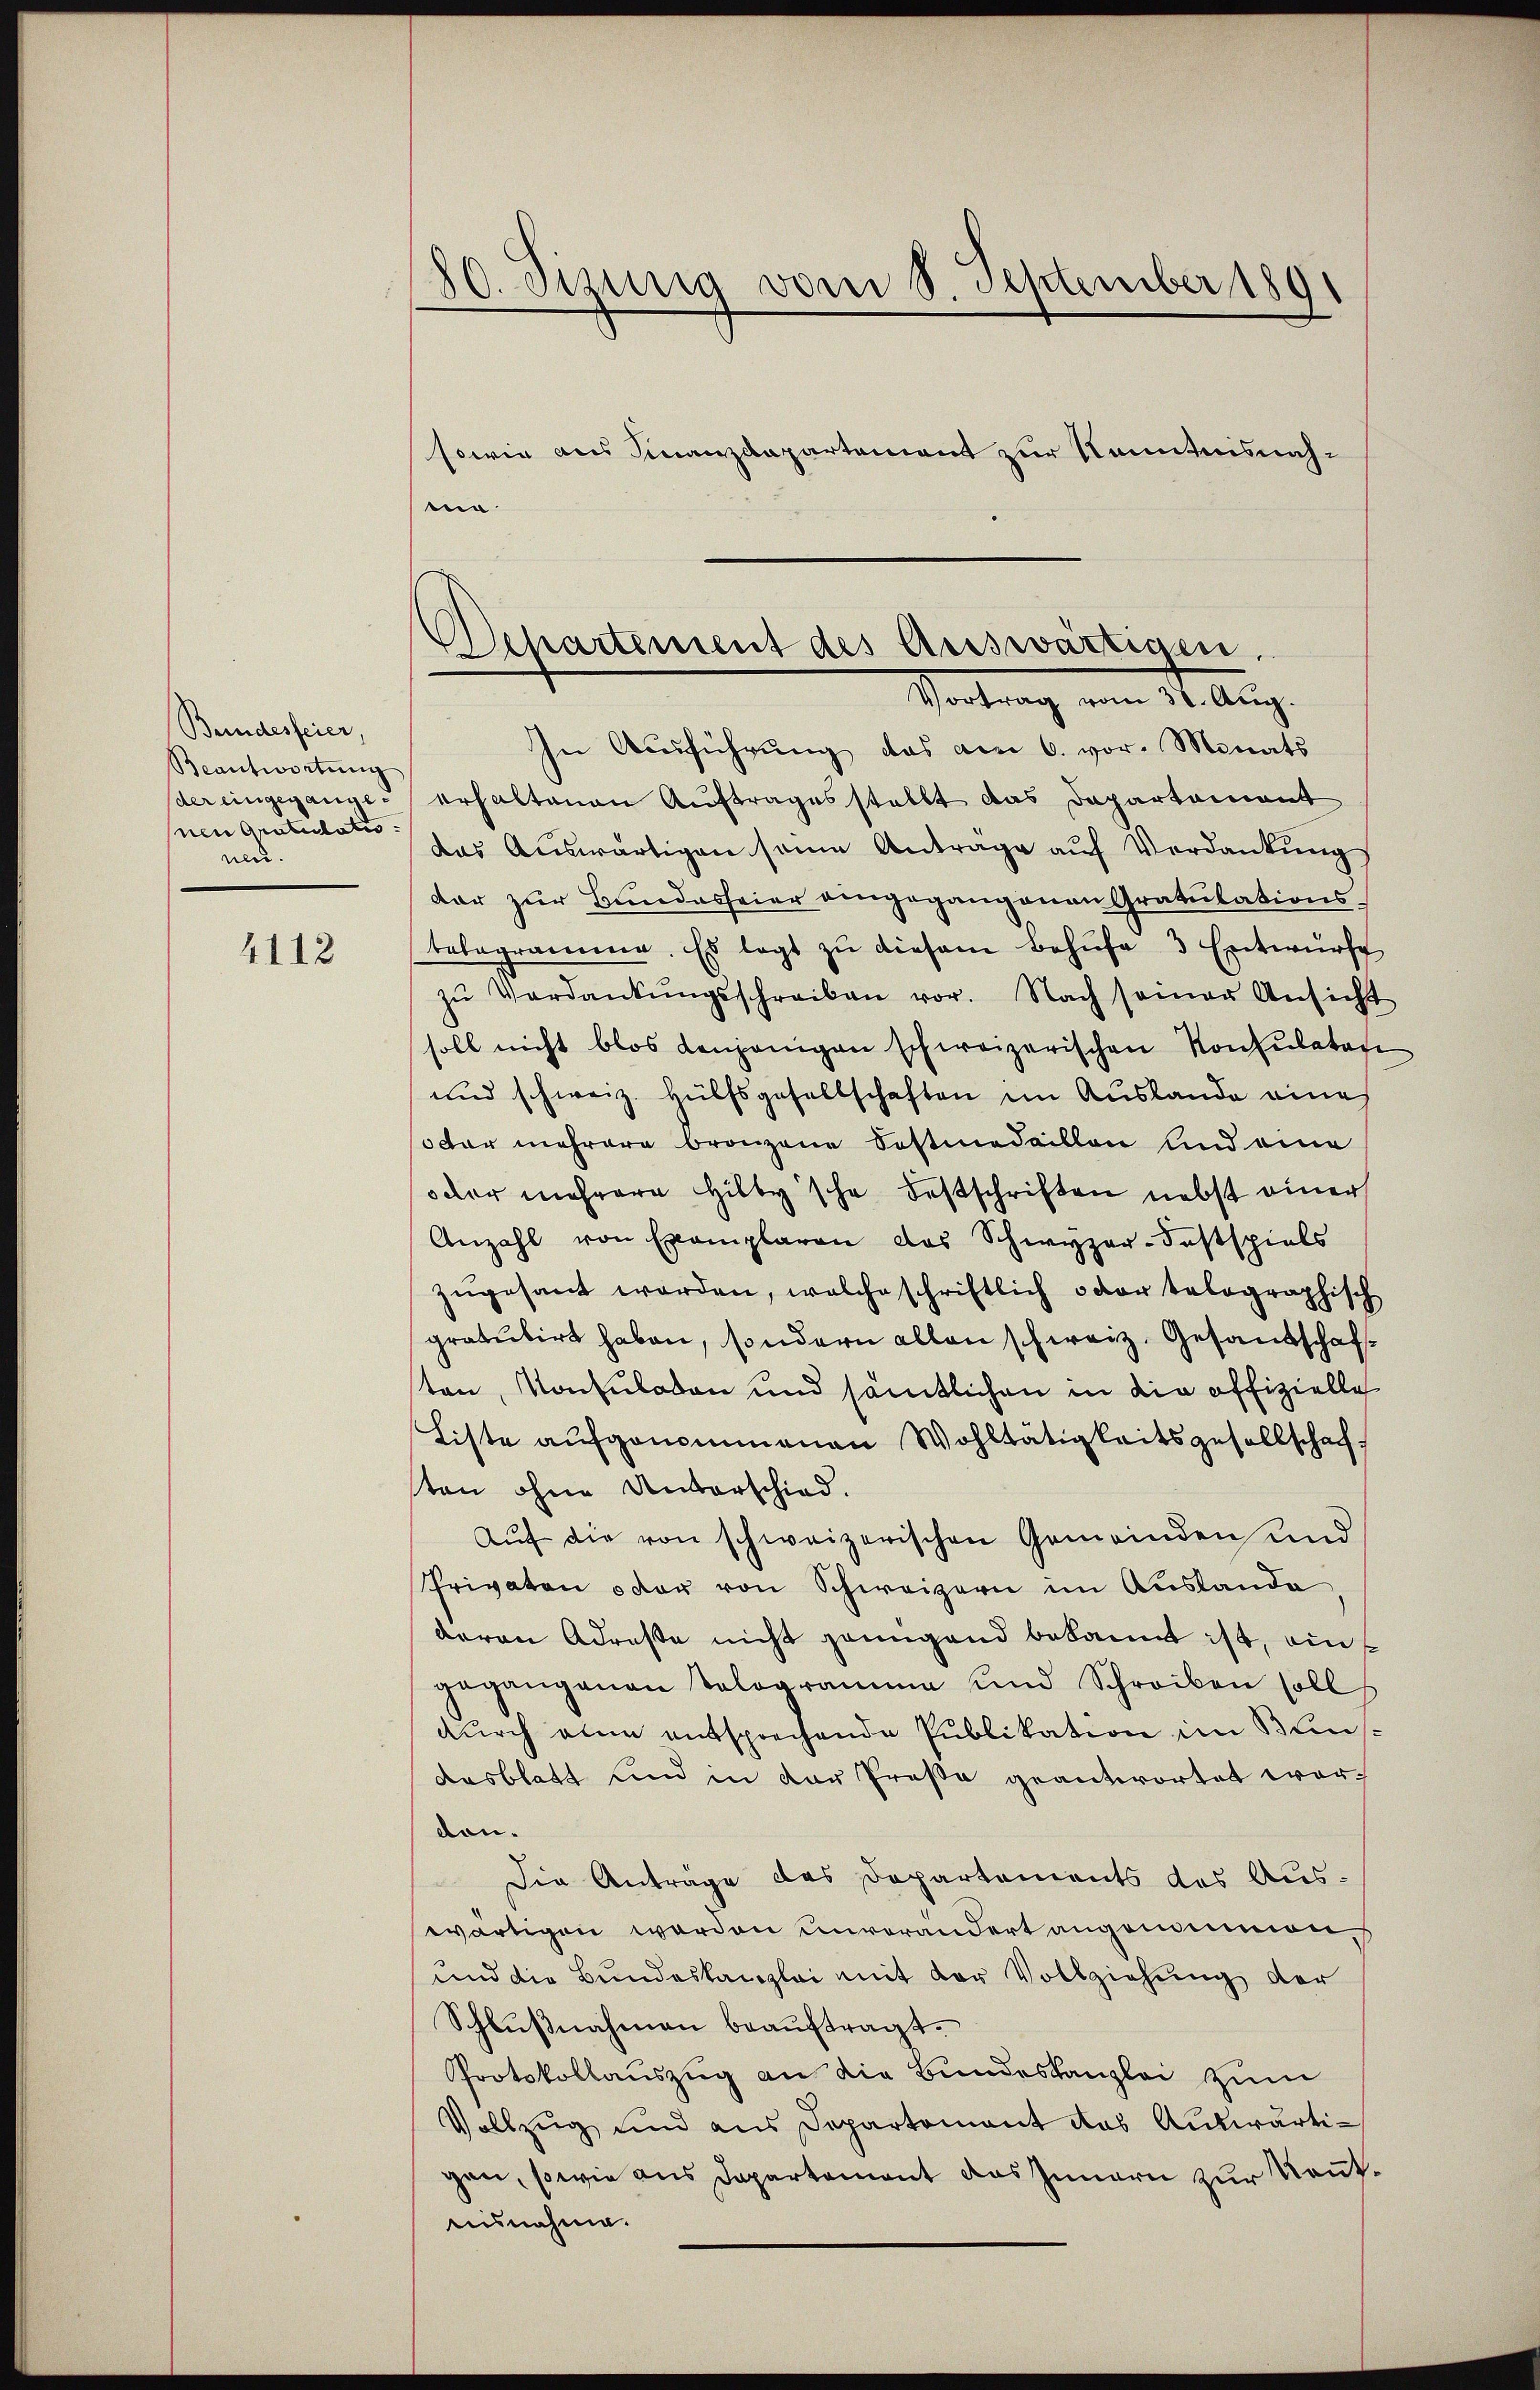
Bundesfeier,
Beantwortŭng
der eingegange.
nen Gratulatio
nen.

4112

80. Sizinig vom 8. September 1891

sowie aus Finanzdepartement zur Kenntnisnahn

Departement des Auswärtigen,
Vortrag vom 1. Aug.

In Ausführung das am 6. vor. Monats
erhaltenen Auftrages stellt das Departament
das Auswärtigen seine Antrage auf Verdankung
dar zur Bundesfeier eingegangenen Gratulationstelegramme. Es legt zŭ diesem Behufe 3 Entwurfe
zŭ Verdankŭngsschreiben vor. Nach seiner Ansicht
soll nicht blos denjenigen schweizerischen Konsulator
und schweiz. Hülfsgesellschaften im Auslande eine
otar mehrere Bronzene Postmedaillon und eine
oder mehrere Hilby'sche Festschriften nebst einer
Anzahl von Exemplaren das Schwyzer-Festspiels
zugesant worden, welche schriftlich oder talographisch
grabubirt haben, sondern allen schweiz. Gesandschaft
ten, Konsuladen und sämtlichen in die offizielle
Liste aufgenommenen Wohltätigkeitsgesellschaf
ten ohne Unterschied.
Aŭf die von schweizerischen Gemeinden und
Privaten oder von Schweizern im Austande
deren Adreste nicht genügend bekannt ist, ein
gegangenen Tologramma und Schreiben soll
durch ein entsprechende Publikation im Bunsdesblatt und in der Prosa geantwortet worden.
Die Anträge des Departements des Auswärtigen worden unverändert angenommen,
und die Bundeskanzlei mit der Vollziehung der
Schlŭβnahmen beauftragt.
Protokollauszug an die Bundeskanzlei zum
Vollzug und aus Departement das Auswärtigen, sowie aus Departement das Innern zur Rentaisnahme.